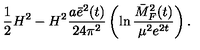
\frac { 1 } { 2 } H ^ { 2 } - H ^ { 2 } \frac { a \bar { e } ^ { 2 } ( t ) } { 2 4 \pi ^ { 2 } } \left( \ln \frac { \bar { M } _ { F } ^ { 2 } ( t ) } { \mu ^ { 2 } e ^ { 2 t } } \right) .